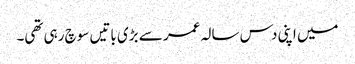
میں اپنی دس سالہ عمر سے بڑی باتیں سوچ رہی تھی۔